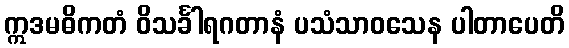
ဣဒမဓိကတံ ဝိသင်္ခါရဂတာနံ ပသံသာဝသေန ပါတာပေတိ